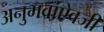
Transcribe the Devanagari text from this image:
अनुभवांऐवजी